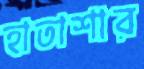
হাতাশার